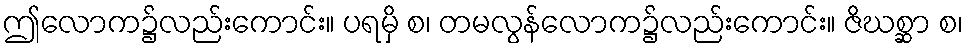
ဤလောက၌လည်းကောင်း။ ပရမှိ စ၊ တမလွန်လောက၌လည်းကောင်း။ ဇိဃစ္ဆာ စ၊